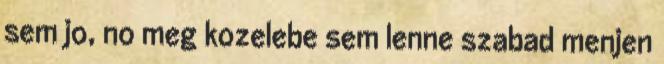
sem jo, no meg kozelebe sem lenne szabad menjen